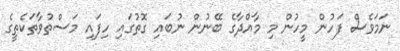
ނަމަވެސް ފަހުން މީހުން މި މާއްދާގެ ބޭނުން ނުބައި ގޮތުގައި ހިފައި މަސްތުވާތަކެތީގެ